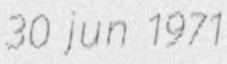
30 jun 1971